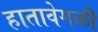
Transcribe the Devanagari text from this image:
हातावेगळी